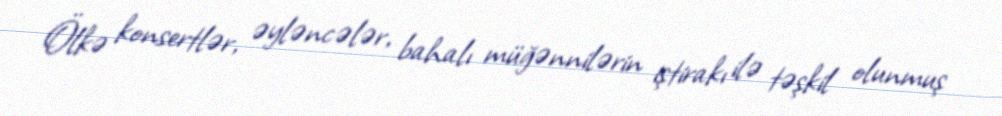
Ölkə konsertlər, əyləncələr, bahalı müğənnilərin iştirakı ilə təşkil olunmuş